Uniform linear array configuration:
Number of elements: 48
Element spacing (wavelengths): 0.75
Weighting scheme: kaiser
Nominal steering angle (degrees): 30
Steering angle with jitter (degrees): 30.119
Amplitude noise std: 0.05
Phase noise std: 0.05

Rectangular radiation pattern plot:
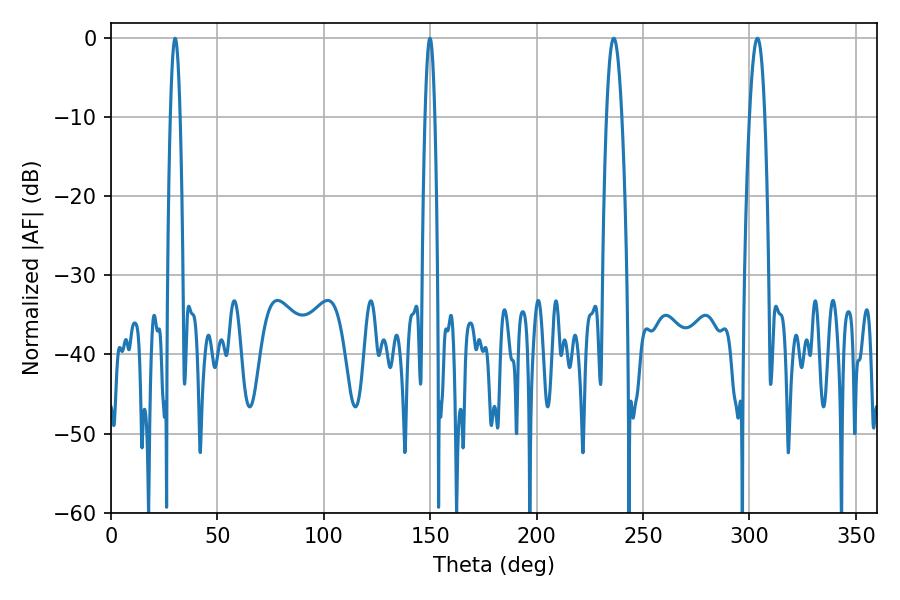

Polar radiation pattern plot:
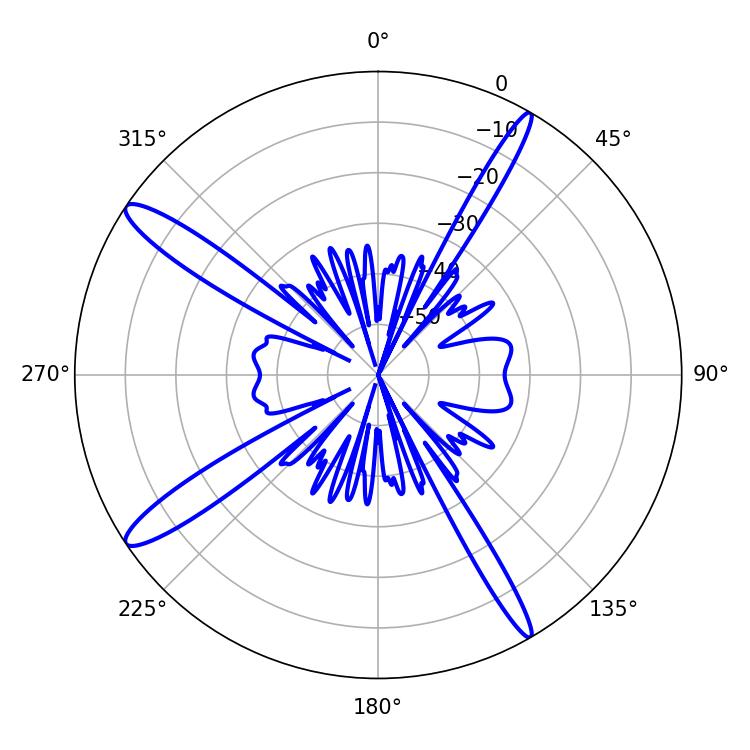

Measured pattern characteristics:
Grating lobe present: TRUE
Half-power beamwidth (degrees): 3.96
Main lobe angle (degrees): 236.16